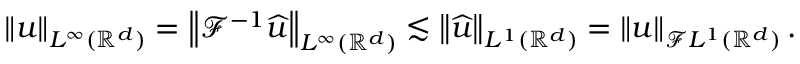
\begin{array} { r } { \left\| u \right\| _ { L ^ { \infty } ( { \mathbb { R } } ^ { d } ) } = \left\| \mathcal { F } ^ { - 1 } \widehat { u } \right\| _ { L ^ { \infty } ( { \mathbb { R } } ^ { d } ) } \lesssim \left\| \widehat { u } \right\| _ { L ^ { 1 } ( { \mathbb { R } } ^ { d } ) } = \left\| u \right\| _ { \mathcal { F } L ^ { 1 } ( { \mathbb { R } } ^ { d } ) } . } \end{array}